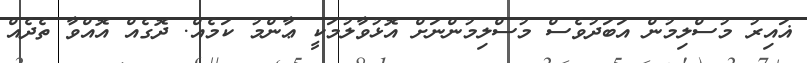
ޣައިރު މުސްލިމުން އަބަދުވެސް މުސްލިމުންނަށް އޮޅުވާލުމަކީ ޢާންމު ކަމެއް. ދޮގެއް އޮއްވާ ތެދެއް